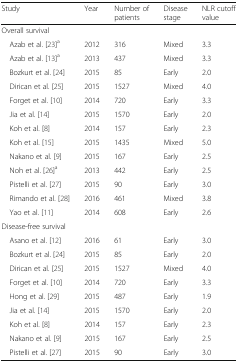
| Study | Year | Number of patients | Disease stage | NLR cutoff value |
 | --- | --- | --- | --- | --- |
 | <COLSPAN=5> Overall survival |
 | Azab et al. [23]a | 2012 | 316 | Mixed | 3.3 |
 | Azab et al. [13]a | 2013 | 437 | Mixed | 3.3 |
 | Bozkurt et al. [24] | 2015 | 85 | Early | 2.0 |
 | Dirican et al. [25] | 2015 | 1527 | Mixed | 4.0 |
 | Forget et al. [10] | 2014 | 720 | Early | 3.3 |
 | Jia et al. [14] | 2015 | 1570 | Early | 2.0 |
 | Koh et al. [8] | 2014 | 157 | Early | 2.3 |
 | Koh et al. [15] | 2015 | 1435 | Mixed | 5.0 |
 | Nakano et al. [9] | 2015 | 167 | Early | 2.5 |
 | Noh et al. [26]a | 2013 | 442 | Early | 2.5 |
 | Pistelli et al. [27] | 2015 | 90 | Early | 3.0 |
 | Rimando et al. [28] | 2016 | 461 | Mixed | 3.8 |
 | Yao et al. [11] | 2014 | 608 | Early | 2.6 |
 | <COLSPAN=5> Disease-free survival |
 | Asano et al. [12] | 2016 | 61 | Early | 3.0 |
 | Bozkurt et al. [24] | 2015 | 85 | Early | 2.0 |
 | Dirican et al. [25] | 2015 | 1527 | Mixed | 4.0 |
 | Forget et al. [10] | 2014 | 720 | Early | 3.3 |
 | Hong et al. [29] | 2015 | 487 | Early | 1.9 |
 | Jia et al. [14] | 2015 | 1570 | Early | 2.0 |
 | Koh et al. [8] | 2014 | 157 | Early | 2.3 |
 | Nakano et al. [9] | 2015 | 167 | Early | 2.5 |
 | Pistelli et al. [27] | 2015 | 90 | Early | 3.0 |